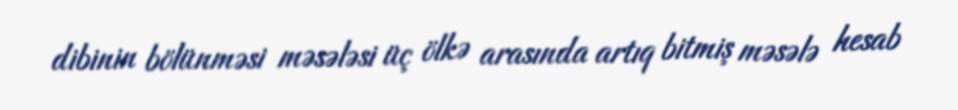
dibinin bölünməsi məsələsi üç ölkə arasında artıq bitmiş məsələ hesab